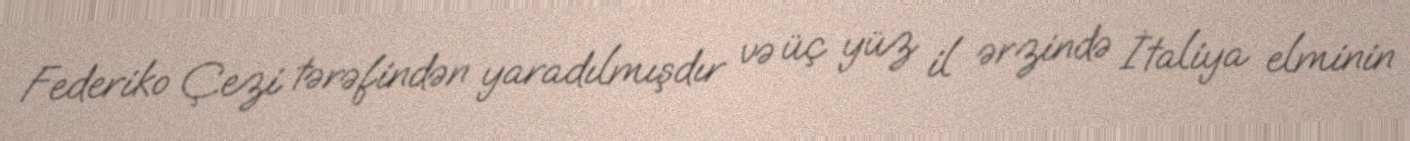
Federiko Çezi tərəfindən yaradılmışdır və üç yüz il ərzində İtaliya elminin